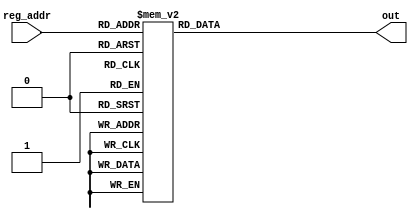
//Decoder
module Decoder ( input [3:0] reg_addr,
                 output [13:0] out
);

  reg [13:0] register;

  always @(*) begin
    case (reg_addr) 
            4'b0001: register = 14'b10000000000000; //H
			4'b0010: register = 14'b01000000000000; //W
			4'b0011: register = 14'b00100000000000; //K
			4'b0100: register = 14'b00010000000000; //COUNT
			4'b0101: register = 14'b00001000000000; //X
			4'b0110: register = 14'b00000100000000; //J
			4'b0111: register = 14'b00000010000000; //L
			4'b1000: register = 14'b00000001000000; //CENTERP
			4'b1001: register = 14'b00000000100000; //T
			4'b1010: register = 14'b00000000010000; //AC
			4'b1011: register = 14'b00000000001000; //PC
			4'b1100: register = 14'b00000000000100; //MDR
            4'b1101: register = 14'b00000000000010; //MAR
            4'b1110: register = 14'b00000000000001; //IR
			default: register = 14'b00000000000000; //NONE
    endcase   
  end
  
    assign out = register;

endmodule //Decoder